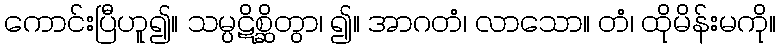
ကောင်းပြီဟူ၍။ သမ္ပဋိစ္ဆိတွာ၊ ၍။ အာဂတံ၊ လာသော။ တံ၊ ထိုမိန်းမကို။